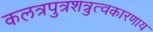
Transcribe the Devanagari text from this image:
कलत्रपुत्रशत्रुत्वकारणाय